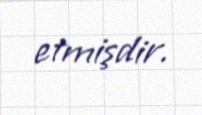
etmişdir.